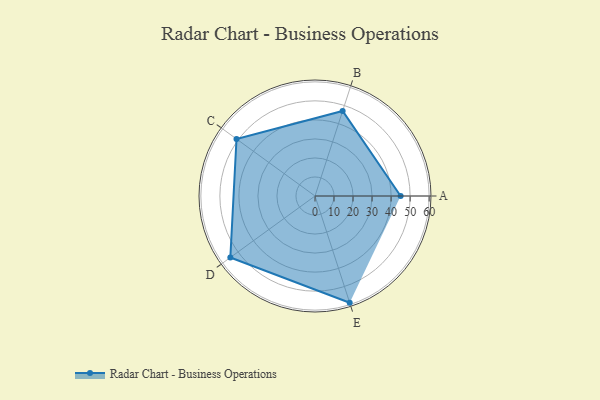
{"axis": {"x": "Skill", "y": "Score"}, "legend": ["Profile"], "data": [{"x": "A", "y": 45.0, "type": "Profile"}, {"x": "B", "y": 47.0, "type": "Profile"}, {"x": "C", "y": 51.0, "type": "Profile"}, {"x": "D", "y": 55.0, "type": "Profile"}, {"x": "E", "y": 59.0, "type": "Profile"}]}